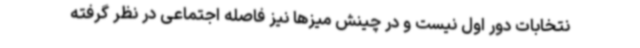
نتخابات دور اول نیست و در چینش میزها نیز فاصله اجتماعی در نظر گرفته